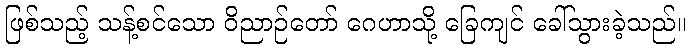
ဖြစ်သည့် သန့်စင်သော ဝိညာဉ်တော် ဂေဟာသို့ ခြေကျင် ခေါ်သွားခဲ့သည်။